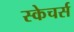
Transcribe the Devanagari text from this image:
स्केचर्स